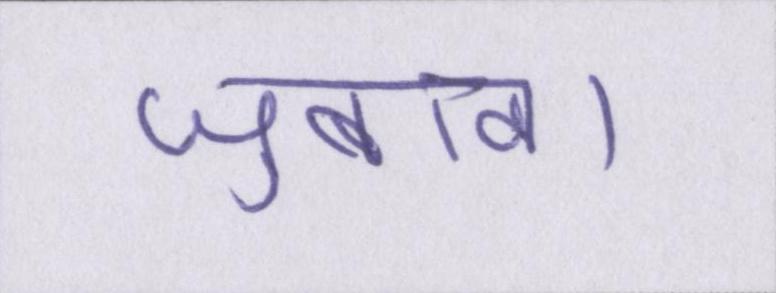
जुबान।